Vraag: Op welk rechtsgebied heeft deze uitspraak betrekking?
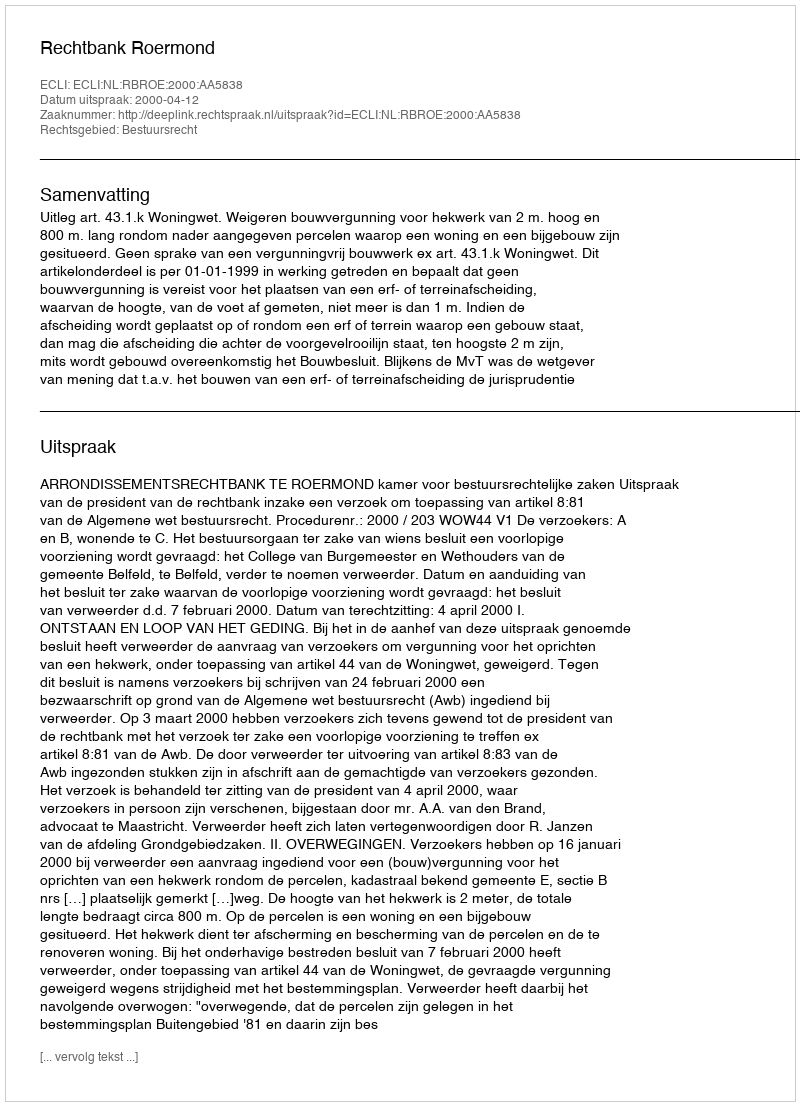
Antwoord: Bestuursrecht